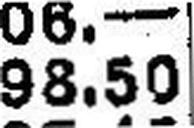
98.50